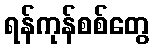
ရန်ကုန်စစ်တွေ